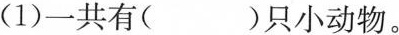
(1)一共有( )只小动物。